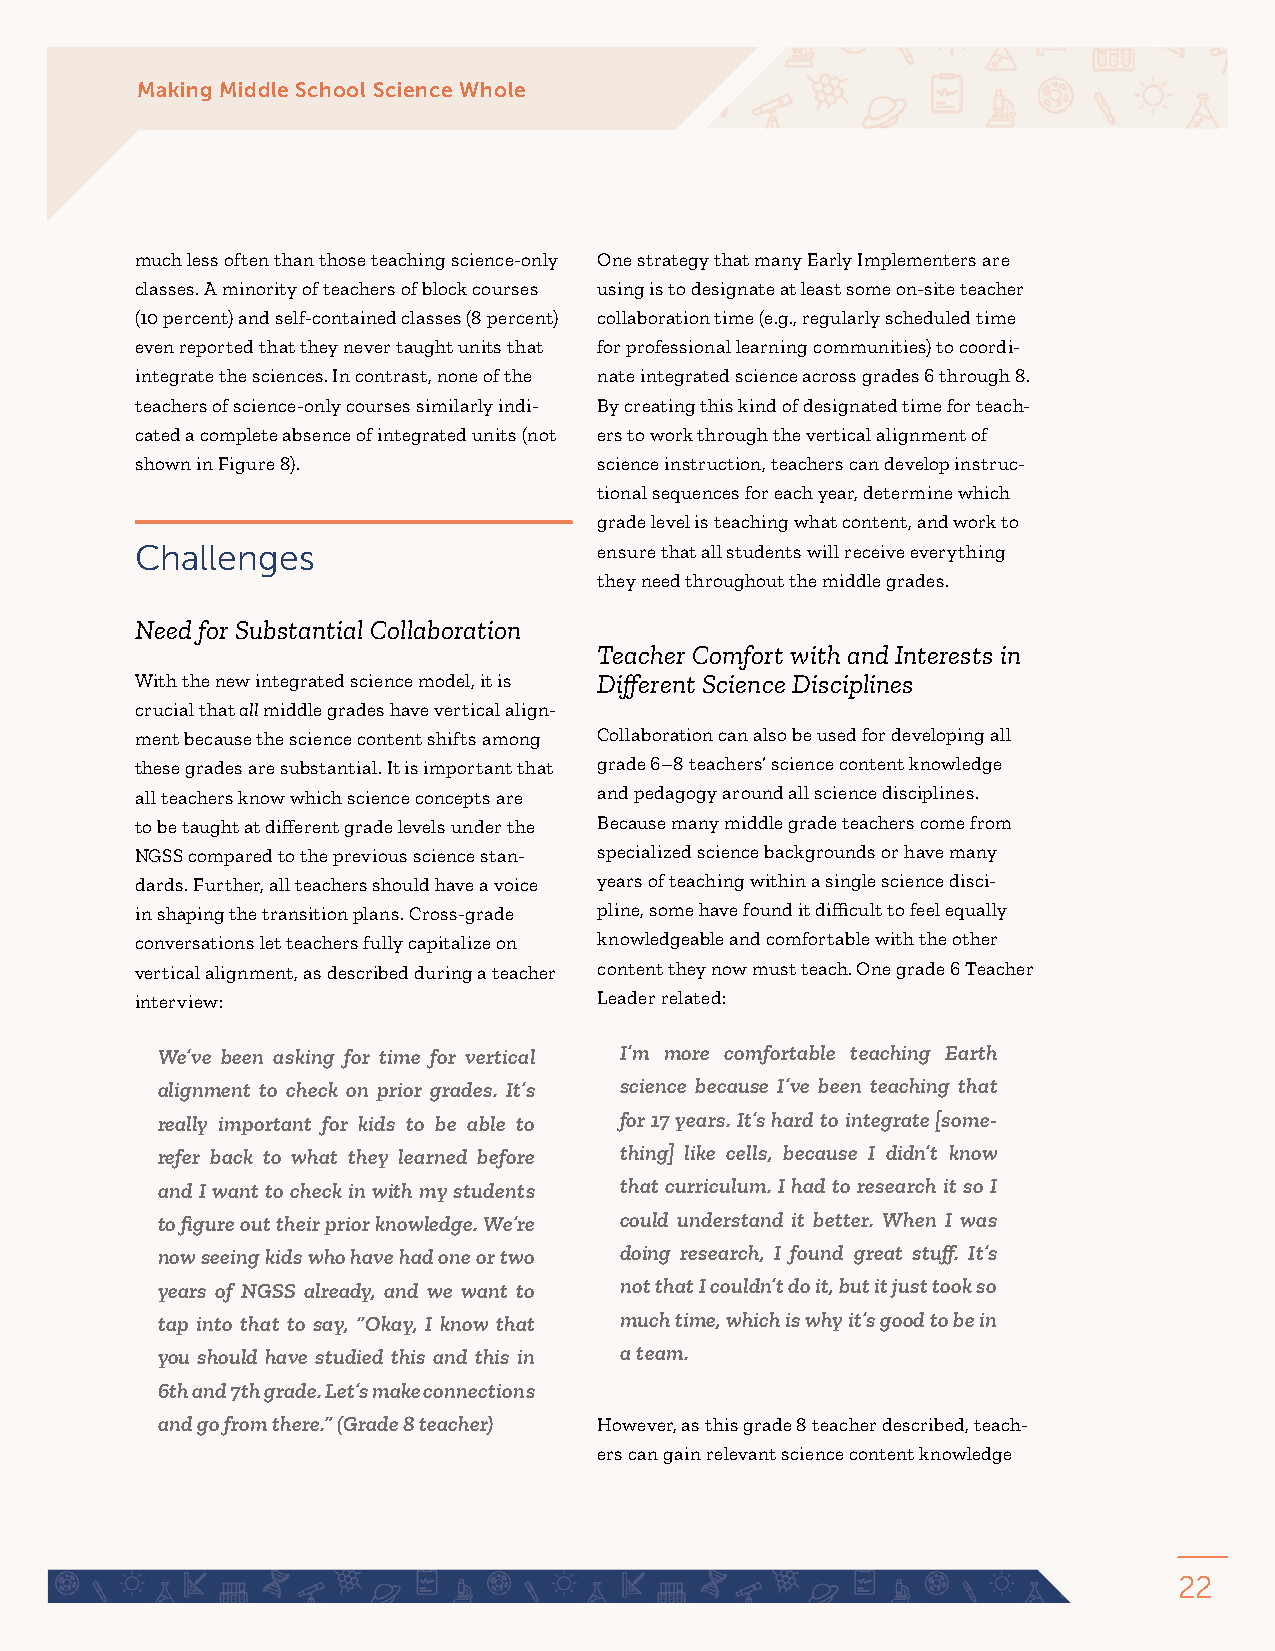
Making Middle School Science Whole
 much less often than those teaching science-only One strategy that many Early Implementers are
 classes. A minority of teachers of block courses using is to designate at least some on-site teacher
 (10 percent) and self-contained classes (8 percent) collaboration time (e.g., regularly scheduled time
 even reported that they never taught units that for professional learning communities) to coordi-
 integrate the sciences. In contrast, none of the nate integrated science across grades 6 through 8.
 teachers of science-only courses similarly indi- By creating this kind of designated time for teach-
 cated a complete absence of integrated units (not ers to work through the vertical alignment of
 shown in Figure 8).            science instruction, teachers can develop instruc-
 tional sequences for each year, determine which
 grade level is teaching what content, and work to
 Challenges                     ensure that all students will receive everything
 they need throughout the middle grades.
 Need for Substantial Collaboration
 Teacher Comfort with and Interests in
 With the new integrated science model, it is Different Science Disciplines
 crucial that all middle grades have vertical align-
 ment because the science content shifts among Collaboration can also be used for developing all
 these grades are substantial. It is important that grade 6–8 teachers’ science content knowledge
 all teachers know which science concepts are and pedagogy around all science disciplines.
 to be taught at different grade levels under the Because many middle grade teachers come from
 NGSS compared to the previous science stan- specialized science backgrounds or have many
 dards. Further, all teachers should have a voice years of teaching within a single science disci-
 in shaping the transition plans. Cross-grade pline, some have found it difficult to feel equally
 conversations let teachers fully capitalize on knowledgeable and comfortable with the other
 vertical alignment, as described during a teacher content they now must teach. One grade 6 Teacher
 interview:                     Leader related:
 We’ve been asking for time for vertical I’m more comfortable teaching Earth
 alignment to check on prior grades. It’s science because I’ve been teaching that
 really important for kids to be able to for 17 years. It’s hard to integrate [some-
 refer back to what they learned before thing] like cells, because I didn’t know
 and I want to check in with my students that curriculum. I had to research it so I
 to figure out their prior knowledge. We’re could understand it better. When I was
 now seeing kids who have had one or two doing research, I found great stuff. It’s
 years of NGSS already, and we want to not that I couldn’t do it, but it just took so
 tap into that to say, “Okay, I know that much time, which is why it’s good to be in
 you should have studied this and this in a team.
 6th and 7th grade. Let’s make connections
 and go from there.” (Grade 8 teacher) However, as this grade 8 teacher described, teach-
 ers can gain relevant science content knowledge
 22